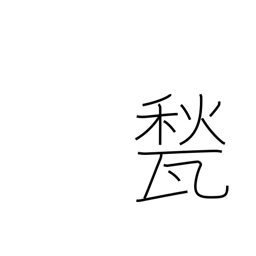
Meaning: floor tile